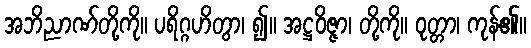
အဘိညာဏ်တို့ကို။ ပရိဂ္ဂဟိတွာ၊ ၍။ အဋ္ဌဝိဇ္ဇာ၊ တို့ကို။ ဝုတ္တာ၊ ကုန်၏။